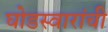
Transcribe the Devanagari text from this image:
घोडस्वारांची